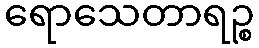
ရောသေတာရဉ္စ